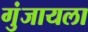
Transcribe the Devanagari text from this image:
गुंजायला